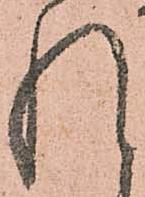
れ